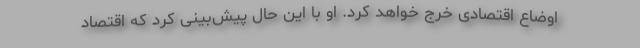
اوضاع اقتصادی خرج خواهد کرد. او با این حال پیش‌بینی کرد که اقتصاد